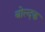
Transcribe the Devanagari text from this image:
बोल्दक